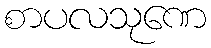
စာပလသုဏေ